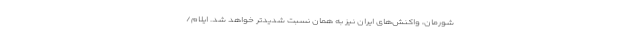
شورمان، واکنش‌های ایران نیز به همان نسبت شدید‌تر خواهد شد. ایلام/